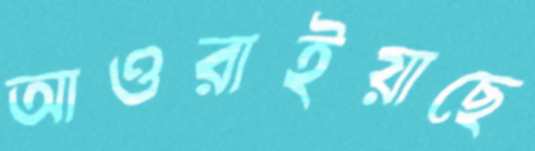
আওরাইয়াছে